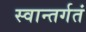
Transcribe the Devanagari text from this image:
स्वान्तर्गतं